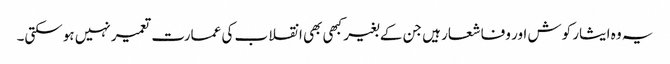
یہ وہ ایثار کوش اور وفا شعار ہیں جن کے بغیر کبھی بھی انقلاب کی عمارت تعمیر نہیں ہوسکتی۔